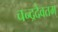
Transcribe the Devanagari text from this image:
चन्द्रदैवतम्